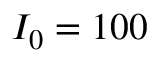
I _ { 0 } = 1 0 0